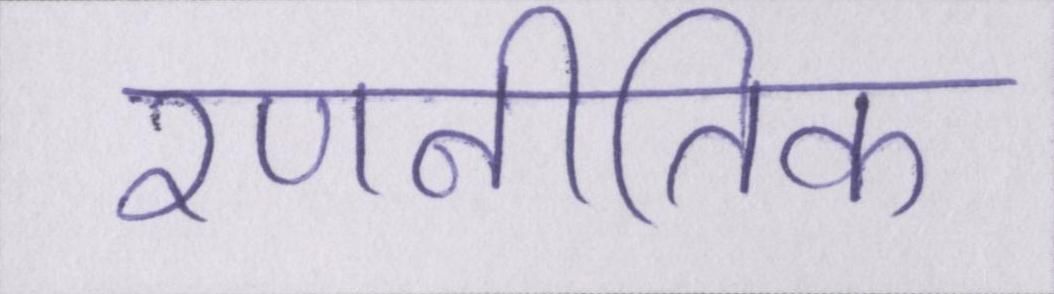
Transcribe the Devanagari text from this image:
रणनीतिक